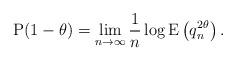
LaTeX: \begin{align*}\mathrm{P}(1-\theta) = \lim_{n \to \infty}\frac{1}{n} \log \mathrm{E}\left(q_n^{2\theta}\right).\end{align*}